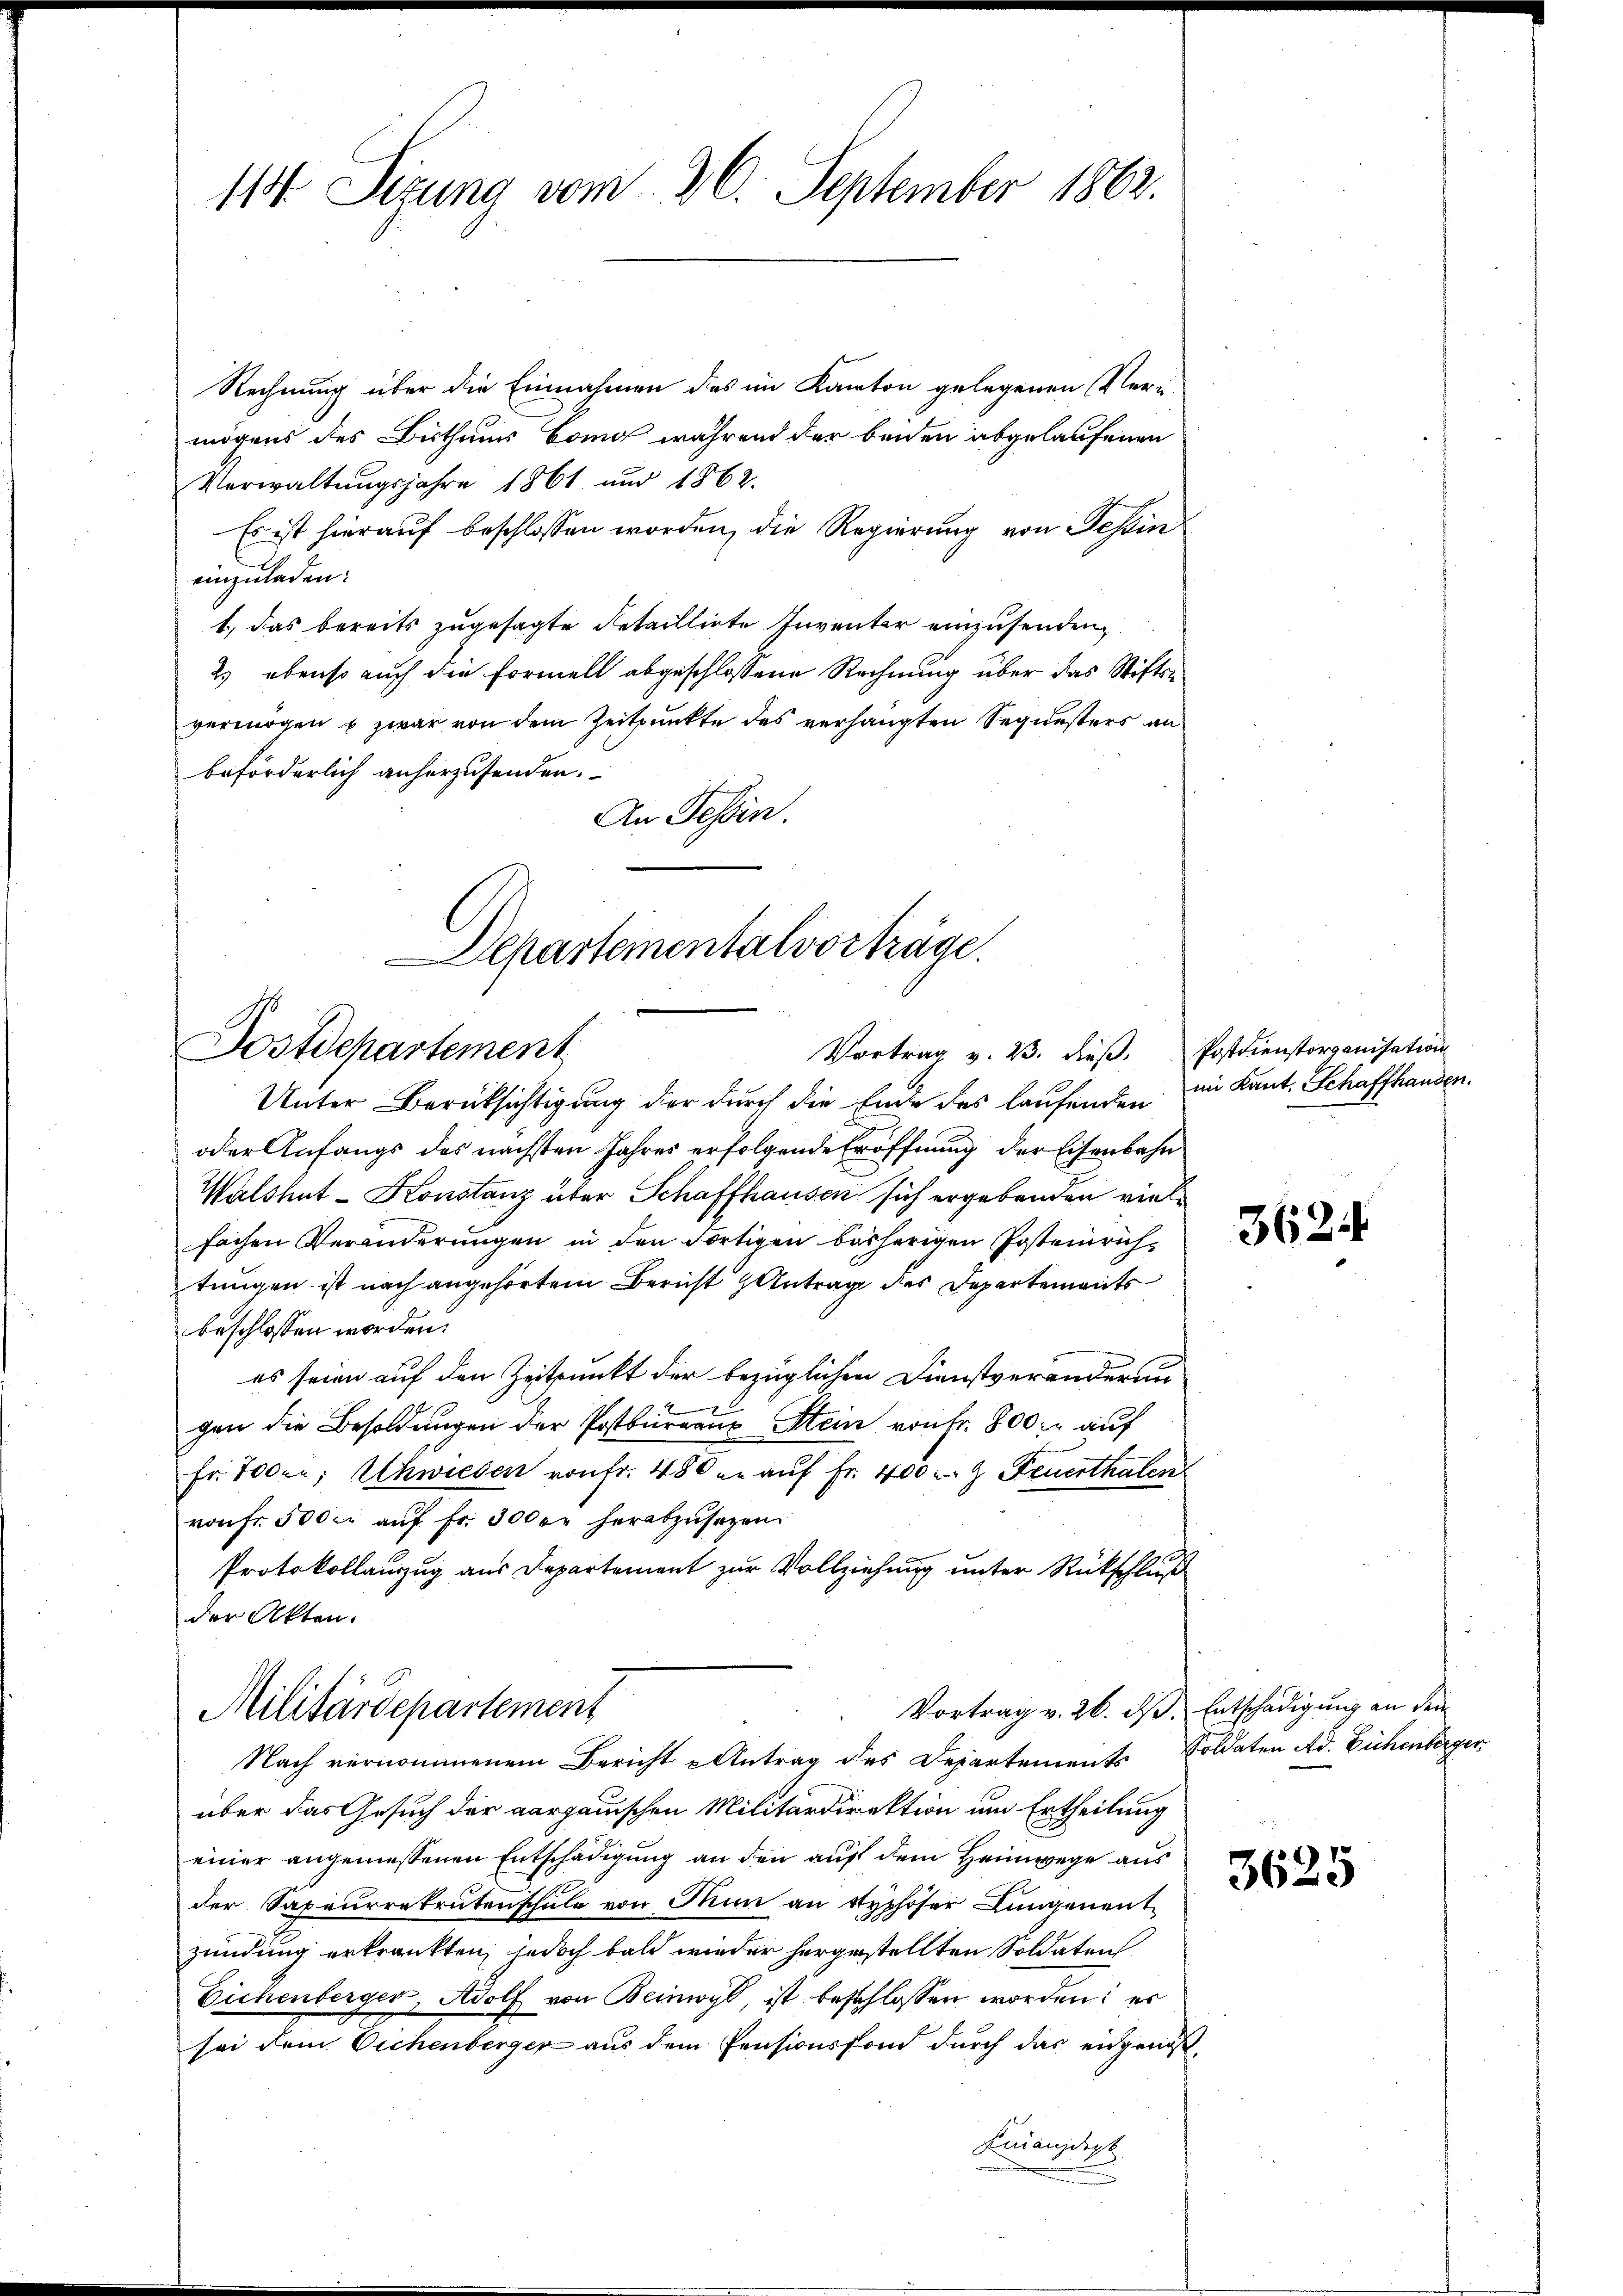
114 Sizung vom 26. September 1862.

Rechnung über die Einnahmen des im Kanton gelegenen Vermögens des Bisthaus bang während der beiden abgelaufenen
Verwaltungsjahre 1861 und 1862.
Es ist hierauf beschlossen worden, die Regierung von Tessin
einzuladen:
1., das bereits zugesagte detaillirte Inventer einzusenden,
2) ebenso auch die Formell abgeschlossene Rechnung über das Stiften
vermögen u. zwar von dem Zeitpunkte des verhängten Sequesters an
beförderlich anherzusenden.
An Tessin.

Departementalvorträge.
Postdepartement
Vortrag v. 23. dieß. Postdienstorganisation

oder Anfangs des nächsten Jahres erfolgende Eröffnung der Eisenbahn
Walshut-Konstanz über Schaffhausen sich ergebenden vielfachen Veränderungen in den Fortigen bisherigen Postenrichtungen ist nach angehörtem Bericht Antrag der Departements
beschlossen worden.
es seien auf den Zeitpunkt der bezüglichen Dienstveränderun
gen die Besoldungen der Postbureaus Stein von fr. 800. auf
fr. 700er; Uhwiesen von fr. 480 er aŭf Fr. 400 r. z. Feuerthalen
vonFr. 5000 auf fr. 300 er herabzusagen.
Protokollauzug aus Departement zur Vollziehung unter Rückschluß
der Akten.
Vortrag v. 26. ds. Entschädigung an den
Militärdepartement
Nach vernommenem Bericht Antrag des Departements Soldaten Ad. Büchenberger
über das Gesuch der aargauischen Militärdirektion um Ertheilung
einer angemessenen Entschädigung an den auf dem Heimwege aus
der Sapeurrekrutenschule von Thun an Syphoser Lungenentzündung erkrankten, jedoch bald wieder hergestellten Soldaten
Eichenberger, Adolf von Beinwyl, ist beschlossen worden; es
sei dem Eichenberger aus dem Pensionsfond durch das eidgenöß¬
Finanzdire

Unter Berücksichtigung der durch die Ende des laufenden im Kant. Schaffhanden.

3624

3625